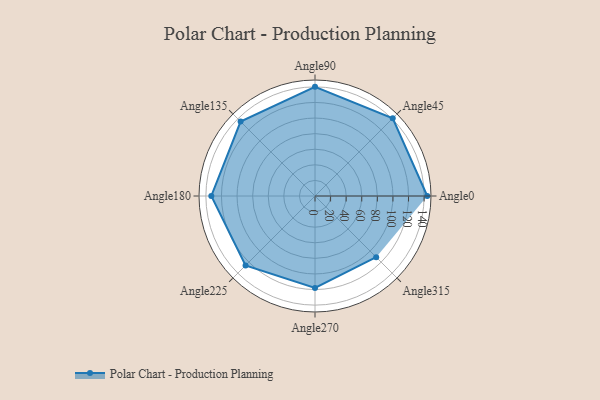
{"axis": {"x": "Angle", "y": "Radius"}, "legend": [""], "data": [{"x": "Angle0", "y": 144.0, "type": ""}, {"x": "Angle45", "y": 141.0, "type": ""}, {"x": "Angle90", "y": 140.0, "type": ""}, {"x": "Angle135", "y": 135.0, "type": ""}, {"x": "Angle180", "y": 133.0, "type": ""}, {"x": "Angle225", "y": 126.0, "type": ""}, {"x": "Angle270", "y": 118.0, "type": ""}, {"x": "Angle315", "y": 111.0, "type": ""}]}